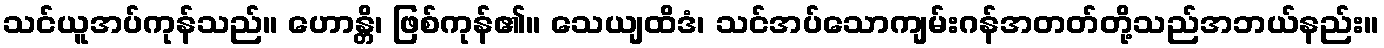
သင်ယူအပ်ကုန်သည်။ ဟောန္တိ၊ ဖြစ်ကုန်၏။ သေယျထိဒံ၊ သင်အပ်သောကျမ်းဂန်အတတ်တို့သည်အဘယ်နည်း။